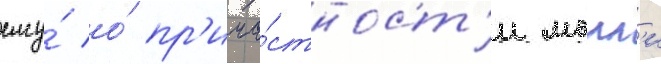
ему́ о́ пр'ича́стност'и молл'и